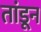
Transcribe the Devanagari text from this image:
तांडून